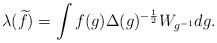
LaTeX: \begin{align*} \lambda(\widetilde{f})=\int f(g)\Delta(g)^{-\frac{1}{2}} W_{g^{-1}} dg. \end{align*}